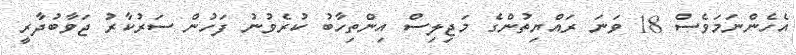
އެހެންނަމަވެސް 18 ވަނަ ރައްޔިތުންގެ މަޖިލިސް އިންތިހާބު ކުރެވުނު ފަހުން ސަރުކާރު ޖަވާބުދާރީ